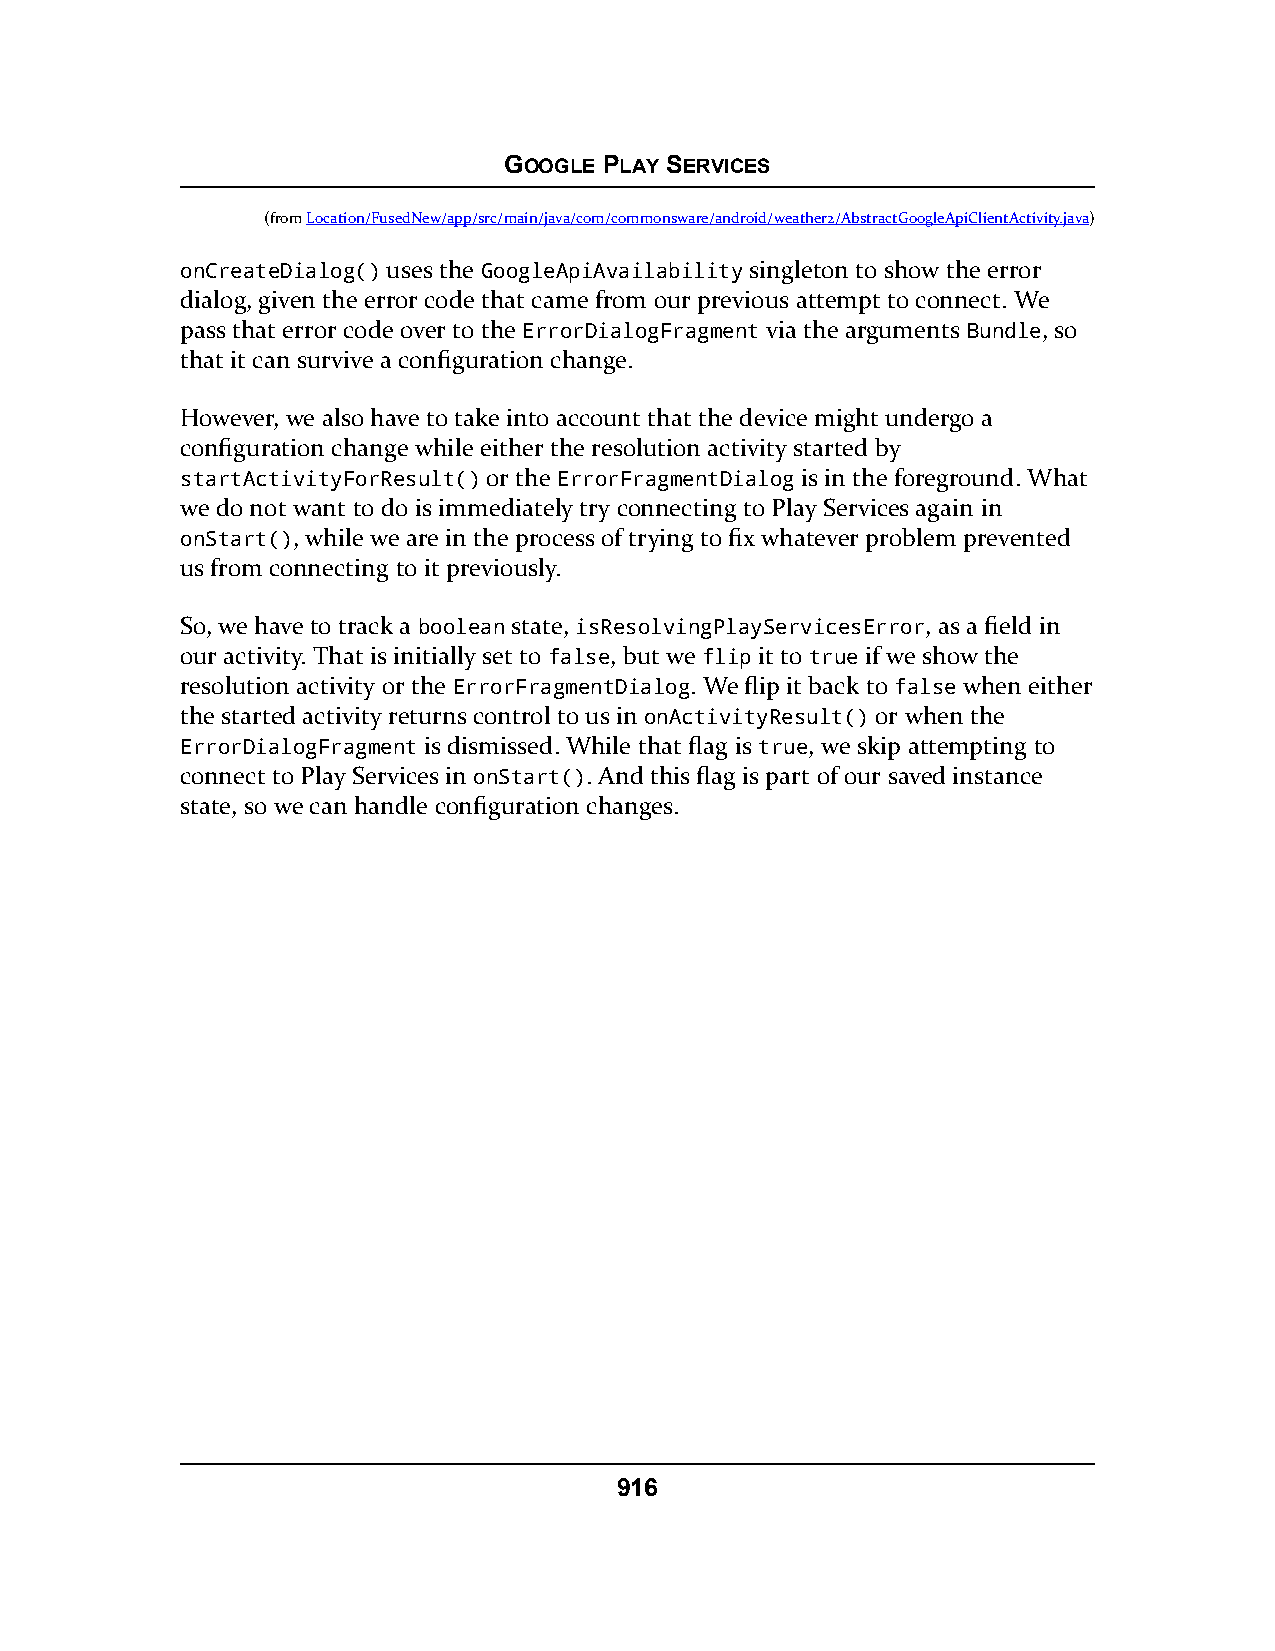
GOOGLE PLAY SERVICES
 (fromLocation/FusedNew/app/src/main/java/com/commonsware/android/weather2/AbstractGoogleApiClientActivity.java)
 onCreateDialog() uses the GoogleApiAvailability singleton to show the error
 dialog, given the error code that came from our previous attempt to connect. We
 pass that error code over to the ErrorDialogFragment via the arguments Bundle, so
 that it can survive a configuration change.
 However, we also have to take into account that the device might undergo a
 configuration change while either the resolution activity started by
 startActivityForResult() or the ErrorFragmentDialog is in the foreground. What
 we do not want to do is immediately try connecting to Play Services again in
 onStart(), while we are in the process of trying to fix whatever problem prevented
 us from connecting to it previously.
 So, we have to track a boolean state, isResolvingPlayServicesError, as a field in
 our activity. That is initially set to false, but we flip it to true if we show the
 resolution activity or the ErrorFragmentDialog. We flip it back to false when either
 the started activity returns control to us in onActivityResult() or when the
 ErrorDialogFragment is dismissed. While that flag is true, we skip attempting to
 connect to Play Services in onStart(). And this flag is part of our saved instance
 state, so we can handle configuration changes.
 916